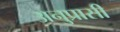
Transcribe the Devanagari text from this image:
अनुप्रासी